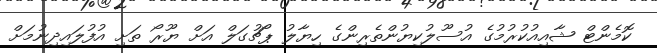
ކޮމެންޓް ޝާއިއުކުރުމުގެ އުސޫލުކިޔުންތެރިންގެ ހިޔާލު ޕޯޗުގަލް އަށް ޔޫރޯ ތަށި އުފުލައިދިނުމަށް